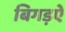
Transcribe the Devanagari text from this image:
बिगड़ऐ